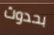
بحدوث